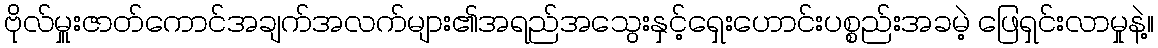
ဗိုလ်မှူးဇာတ်ကောင်အချက်အလက်များ၏အရည်အသွေးနှင့်ရှေးဟောင်းပစ္စည်းအခမဲ့ ဖြေရှင်းလာမှုနဲ့။